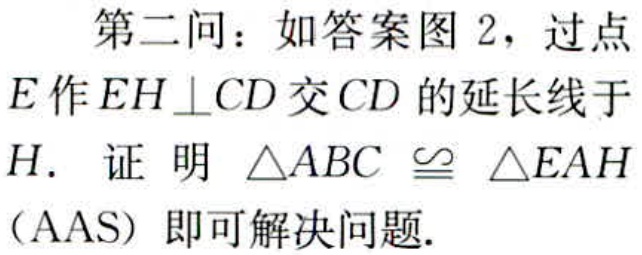
第二问：如答案图 2，过点
\(E\)作\(EH\perp CD\)交\(CD\)的延长线于
\(H\). 证 明 \(\triangle ABC\cong\triangle EAH\)
（AAS）即可解决问题.